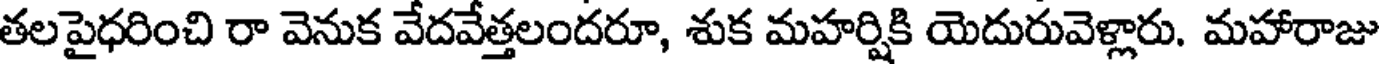
తలపైధరించి రా వెనుక వేదవేత్తలందరూ, శుక మహర్షికి యెదురువెళ్లారు. మహారాజు